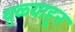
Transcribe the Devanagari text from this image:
धुळ्याहून